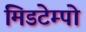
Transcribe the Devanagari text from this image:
मिडटेम्पो